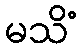
မသိံ